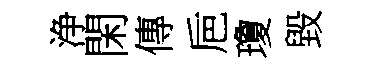
浄閑傳巵瓊毀